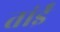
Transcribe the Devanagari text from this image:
तांईं